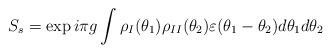
LaTeX: \begin{align*}S_{s}=\exp i\pi g\int \rho _{I}(\theta _{1})\rho _{II}(\theta_{2})\varepsilon (\theta _{1}-\theta _{2})d\theta _{1}d\theta _{2}\end{align*}